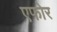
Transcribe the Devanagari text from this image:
एफोर